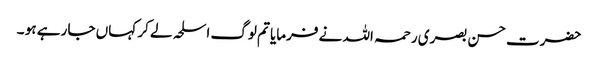
حضرت حسن بصری رحمہ اللہ نے فرمایا تم لوگ اسلحہ لے کر کہاں جا رہے ہو ۔